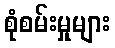
စုံစမ်းမှုများ